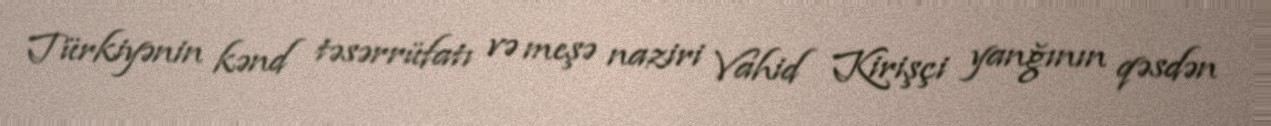
Türkiyənin kənd təsərrüfatı və meşə naziri Vahid Kirişçi yanğının qəsdən